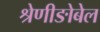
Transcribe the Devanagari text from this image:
श्रेणीङोबेल